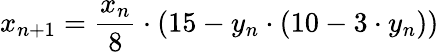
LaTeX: x_{n+1}={\frac{x_{n}}{8}}\cdot(15-y_{n}\cdot(10-3\cdot y_{n}))